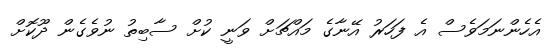
އެހެންނަމަވެސް އެ ފަހަރު އޭނާގެ މައްޗަށް ވަނީ ކުށް ސާބިތު ނުވެގެން ދޫކޮށް